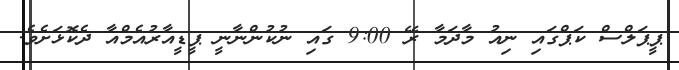
ޕީޕަލްސް ކަޕްގައި ނިއު މާދަމާ ރޭ 9:00 ގައި ނުކުންނާނީ ޕީޑީއާރުއެމްއާ ދެކޮޅަށެވެ.